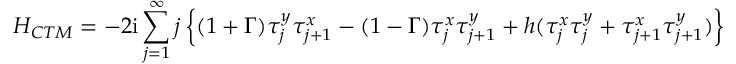
H _ { C T M } = - 2 \mathrm { i } \sum _ { j = 1 } ^ { \infty } j \left\{ ( 1 + \Gamma ) \tau _ { j } ^ { y } \tau _ { j + 1 } ^ { x } - ( 1 - \Gamma ) \tau _ { j } ^ { x } \tau _ { j + 1 } ^ { y } + h ( \tau _ { j } ^ { x } \tau _ { j } ^ { y } + \tau _ { j + 1 } ^ { x } \tau _ { j + 1 } ^ { y } ) \right\} \nonumber